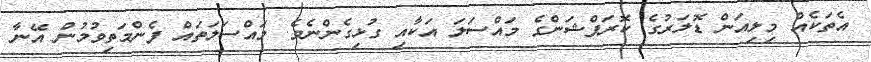
އެތަކެއް މިލިއަން ޑޮލަރުގެ ކޮރަޕްޝަންގެ މައްސަލަ އަކާއި ގުޅިގެންނެވެ. މައްސަލަތައް ފެންމަތިވުމުން އޭނާ